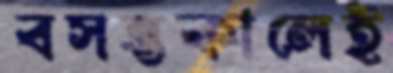
বসন্তকালেই